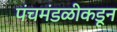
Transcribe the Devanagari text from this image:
पंचमंडळीकडून